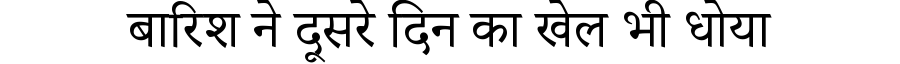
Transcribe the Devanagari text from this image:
बारिश ने दूसरे दिन का खेल भी धोया